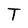
Character: T